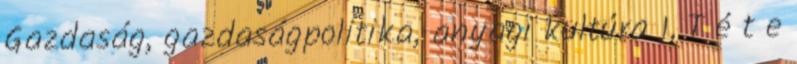
Gazdaság, gazdaságpolitika, anyagi kultúra 1, T é t e